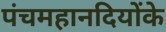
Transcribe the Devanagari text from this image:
पंचमहानदियोंके